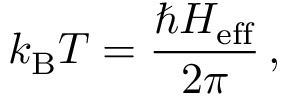
k _ { \mathrm { B } } T = \frac { \hbar H _ { \mathrm { e f f } } } { 2 \pi } \, ,